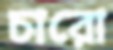
চারো